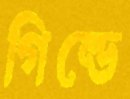
গিল্ডে